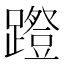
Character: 𰸱